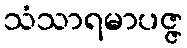
သံသာရမာပဇ္ဇ